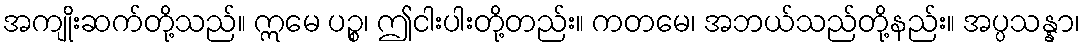
အကျိုးဆက်တို့သည်။ ဣမေ ပဉ္စ၊ ဤငါးပါးတို့တည်း။ ကတမေ၊ အဘယ်သည်တို့နည်း။ အပ္ပသန္နာ၊